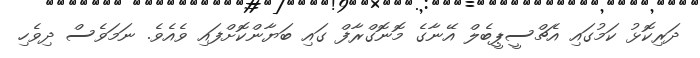
ދަރިކޮޅު ކަމުގައި އެޗްސީޕީބެލް އޭނާގެ މޮނޮގްރާފް ގައި ބަޔާންކޮށްފައި ވެއެވެ. ނަމަވެސް ދިވެހި